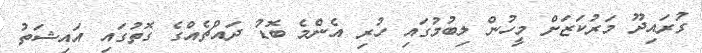
ގުރައިދޫ މަރުކަޒަށް މީހުން ލިބުމުގައި ހުރި އެންމެ ބޮޑު ދައްޗެއްގެ ގޮތުގައި އައިޝަތު